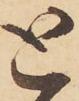
と